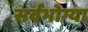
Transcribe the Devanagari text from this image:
सर्वभोग्या